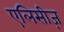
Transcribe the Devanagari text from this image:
एलिसीज़